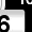
Digit: 6